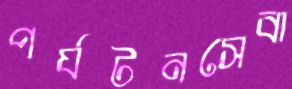
পর্যটনসেবা